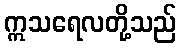
ဣသရေလတို့သည်